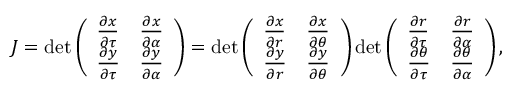
\begin{array} { r } { J = \operatorname* { d e t } \left( \begin{array} { l l } { \frac { \partial x } { \partial \tau } } & { \frac { \partial x } { \partial \alpha } } \\ { \frac { \partial y } { \partial \tau } } & { \frac { \partial y } { \partial \alpha } } \end{array} \right) = \operatorname* { d e t } \left( \begin{array} { l l } { \frac { \partial x } { \partial r } } & { \frac { \partial x } { \partial \theta } } \\ { \frac { \partial y } { \partial r } } & { \frac { \partial y } { \partial \theta } } \end{array} \right) \operatorname* { d e t } \left( \begin{array} { l l } { \frac { \partial r } { \partial \tau } } & { \frac { \partial r } { \partial \alpha } } \\ { \frac { \partial \theta } { \partial \tau } } & { \frac { \partial \theta } { \partial \alpha } } \end{array} \right) , } \end{array}